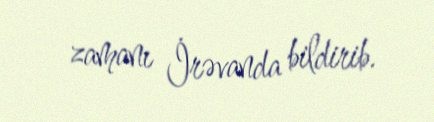
zamanı İrəvanda bildirib.